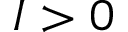
I > 0